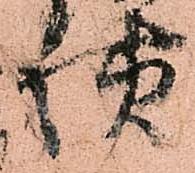
様